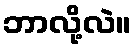
ဘာလို့လဲ။